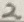
Text: 2